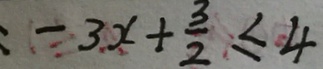
= 3 x + \frac { 3 } { 2 } \leq 4